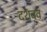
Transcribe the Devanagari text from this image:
दशवव